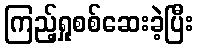
ကြည့်ရှုစစ်ဆေးခဲ့ပြီး